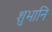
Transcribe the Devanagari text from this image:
शुभानि